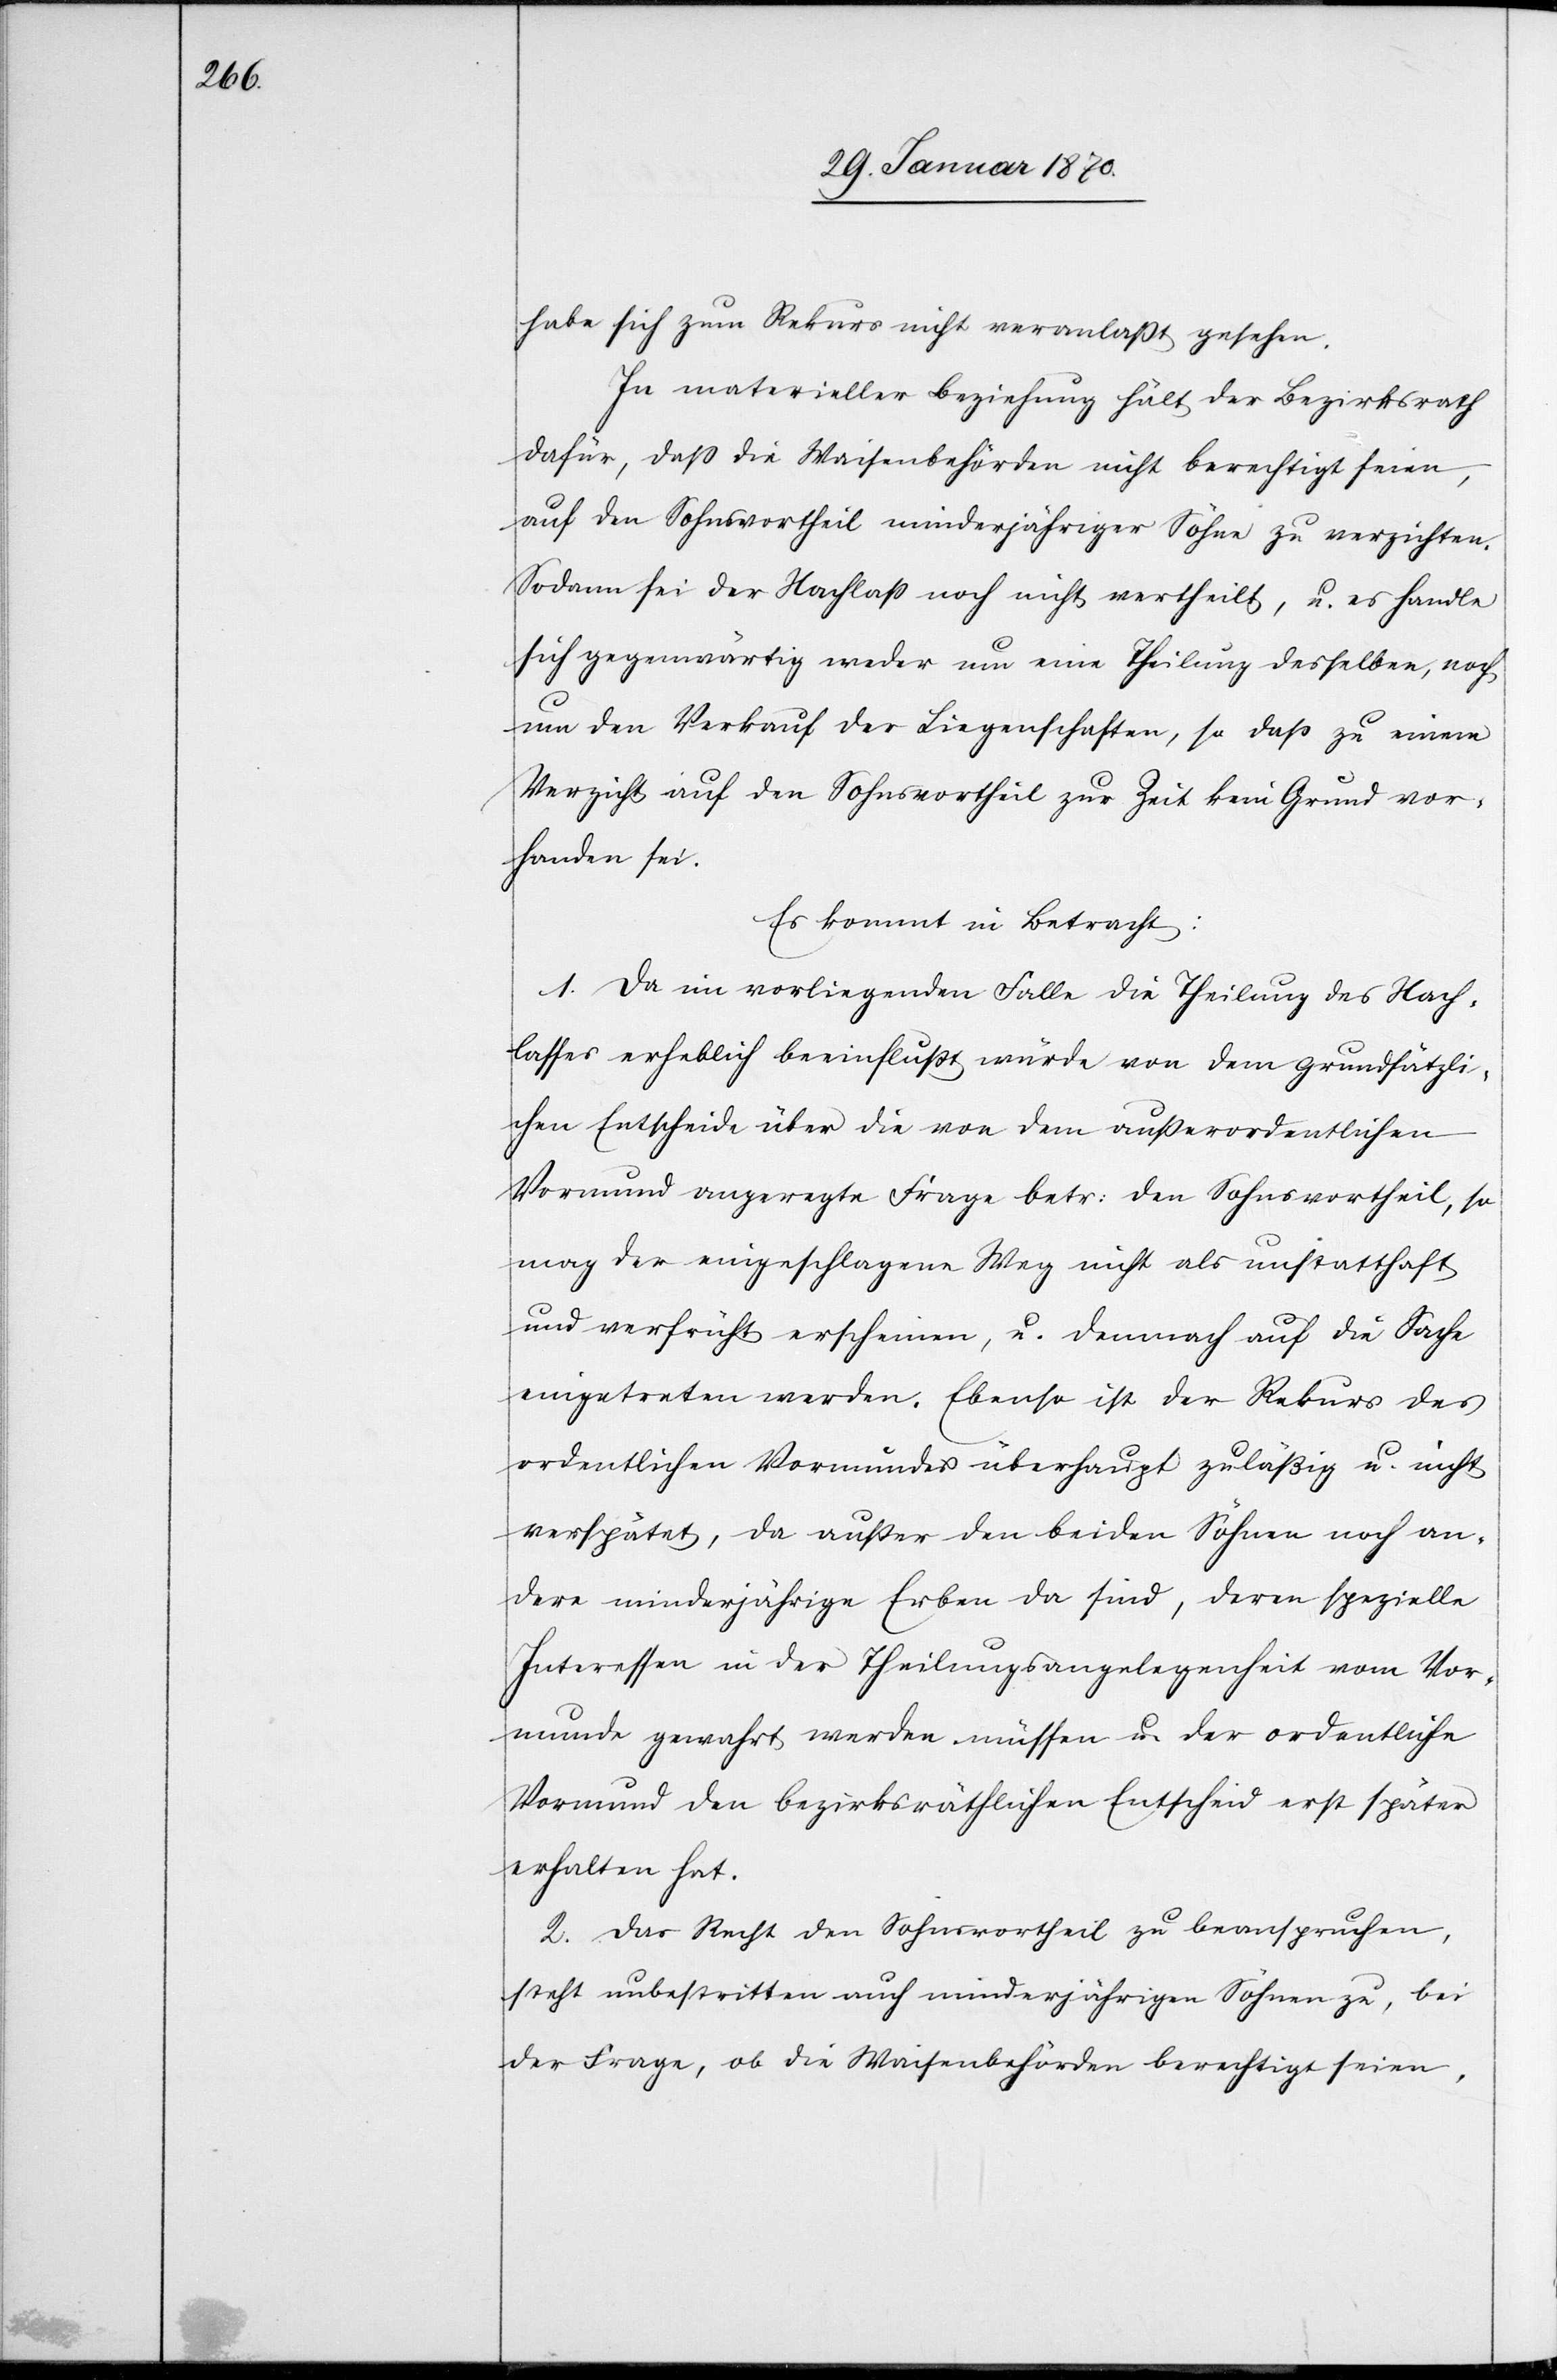
habe sich zum Rekurs nicht veranlaßt gesehen.
In materieller Beziehung hält der Bezirksrath
dafür, dass die Waisenbehörden nicht berechtigt seien,
auf den Sohnsvortheil minderjähriger Söhne zu verzichten.
Sodann sei der Nachlass noch nicht vertheilt, u. es handle
sich gegenwärtig weder um eine Theilung desselben, noch
um den Verkauf der Liegenschaften, so dass zu einem
Verzicht auf den Sohnsvortheil zur Zeit kein Grund vor¬
handen sei.
Es kommt in Betracht:
1. Da im vorliegenden Falle die Theilung des Nach¬
lasses erheblich beeinflusst würde von dem grundsätzli¬
chen Entscheide über die von dem außerordentlichen
Vormund angeregte Frage betr: den Sohnsvortheil, so
mag der eingeschlagene Weg nicht als unstatthaft
und verfrüht erscheinen, u. demnach auf die Sache
eingetreten werden. Ebenso ist der Rekurs des
ordentlichen Vormundes überhaupt zuläßig u. nicht
verspätet, da außer den beiden Söhnen noch an¬
dere minderjährige Erben da sind, deren spezielle
Interessen in der Theilungsangelegenheit vom Vor¬
munde gewahrt werden müssen u. der ordentliche
Vormund den bezirksräthlichen Entscheid erst später
erhalten hat.
2. Das Recht den Sohnsvortheil zu beanspruchen,
steht unbestritten auch minderjährigen Söhnen zu, bei
der Frage, ob die Waisenbehörden berechtigt seien,